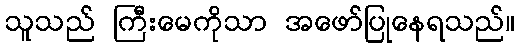
သူသည် ကြီးမေကိုသာ အဖော်ပြုနေရသည်။